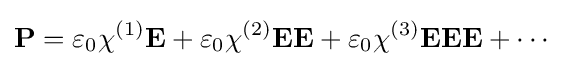
\mathbf {P} =\varepsilon _{0}\chi ^{(1)}\mathbf {E} +\varepsilon _{0}\chi ^{(2)}\mathbf {EE} +\varepsilon _{0}\chi ^{(3)}\mathbf {EEE} +\cdots